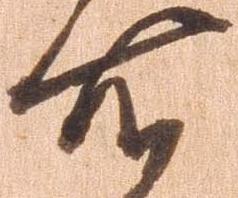
右